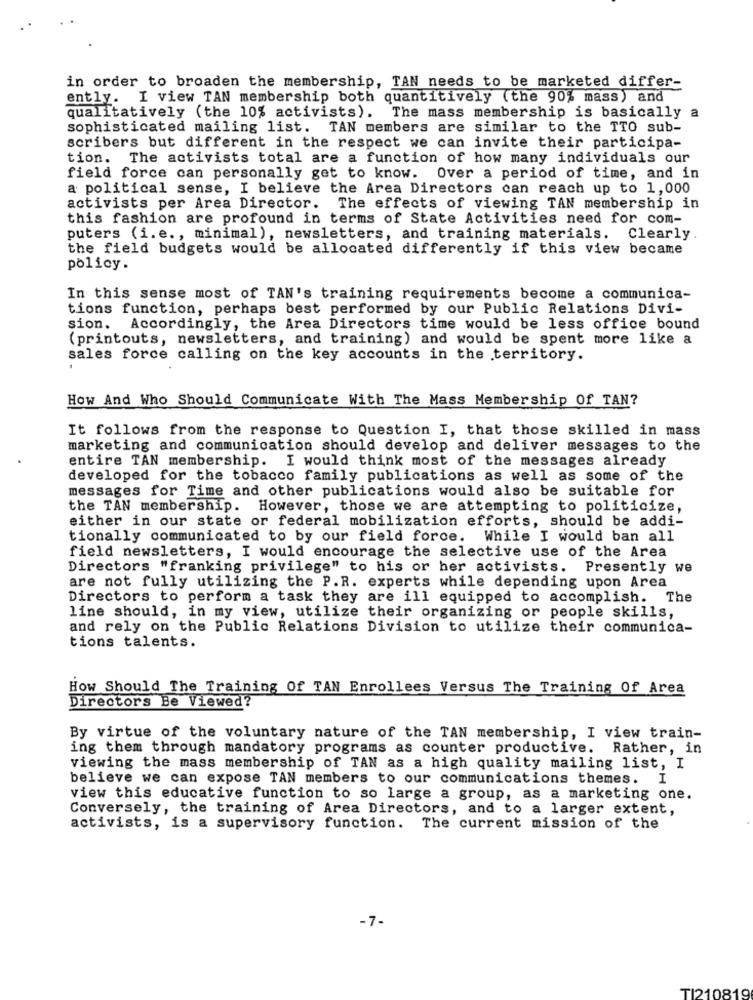
in order to broaden the membership, TAN needs to be marketed differ-
ently. I view TAN membership both quantitively (the 90% mass) and
qualitatively (the 10% activists). The mass membership is basically a
sophisticated mailing list. TAN members are similar to the TTO sub-
scribers but different in the respect we can invite their participa-
tion. The activists total are a function of how many individuals our
field force can personally get to know. Over a period of time, and in
a political sense, I believe the Area Directors can reach up to 1,000
activists per Area Director. The effects of viewing TAN membership in
this fashion are profound in terms of State Activities need for com-
puters (i. e ., minimal), newsletters, and training materials. Clearly.
the field budgets would be allocated differently if this view became
policy.
In this sense most of TAN's training requirements become a communica-
tions function, perhaps best performed by our Public Relations Divi-
sion. Accordingly, the Area Directors time would be less office bound
(printouts, newsletters, and training) and would be spent more like a
sales force calling on the key accounts in the territory.
How And Who Should Communicate With The Mass Membership Of TAN?
It follows from the response to Question I, that those skilled in mass
marketing and communication should develop and deliver messages to the
entire TAN membership. I would think most of the messages already
developed for the tobacco family publications as well as some of the
messages for Time and other publications would also be suitable for
the TAN membership.
However, those we are attempting to politicize,
either in our state or federal mobilization efforts, should be addi-
tionally communicated to by our field force. While I would ban all
field newsletters, I would encourage the selective use of the Area
Directors "franking privilege" to his or her activists. Presently we
are not fully utilizing the P.R. experts while depending upon Area
Directors to perform a task they are ill equipped to accomplish. The
line should, in my view, utilize their organizing or people skills,
and rely on the Public Relations Division to utilize their communica-
tions talents.
How Should The Training Of TAN Enrollees Versus The Training Of Area
Directors Be Viewed?
By virtue of the voluntary nature of the TAN membership, I view train-
ing them through mandatory programs as counter productive. Rather, in
viewing the mass membership of TAN as a high quality mailing list, I
believe we can expose TAN members to our communications themes. I
view this educative function to so large a group, as a marketing one.
Conversely, the training of Area Directors, and to a larger extent,
activists, is a supervisory function. The current mission of the
-7-
TI210819